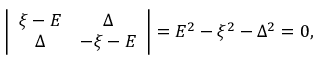
\begin{array} { r } { \left| \begin{array} { c c } { \xi - E } & { \Delta } \\ { \Delta } & { - \xi - E } \end{array} \right| = E ^ { 2 } - \xi ^ { 2 } - \Delta ^ { 2 } = 0 , } \end{array}